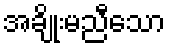
အချိုးမညီသော